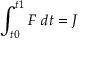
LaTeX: \int _ { t 0 } ^ { t 1 } F ~ d t = J